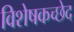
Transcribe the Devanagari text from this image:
विशेषकच्छेद